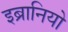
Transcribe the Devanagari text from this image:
इब्रानियो